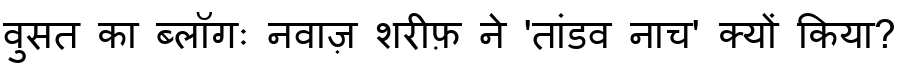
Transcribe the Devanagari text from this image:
वुसत का ब्लॉगः नवाज़ शरीफ़ ने 'तांडव नाच' क्यों किया?